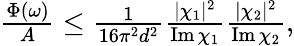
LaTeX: \begin{array}{r}{\frac{\Phi(\omega)}{A}\leq\frac{1}{16\pi^{2}d^{2}}\frac{|\chi_{1}|^{2}}{\operatorname{Im}\chi_{1}}\frac{|\chi_{2}|^{2}}{\operatorname{Im}\chi_{2}},}\end{array}